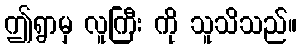
ဤရွာမှ လူကြီး ကို သူသိသည်။